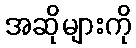
အဆိုများကို